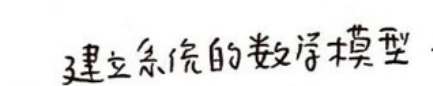
$_{3}建立系统的数学模型.$